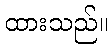
ထားသည်။